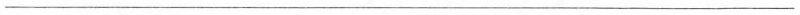
___